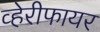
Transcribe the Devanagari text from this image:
व्हेरीफायर